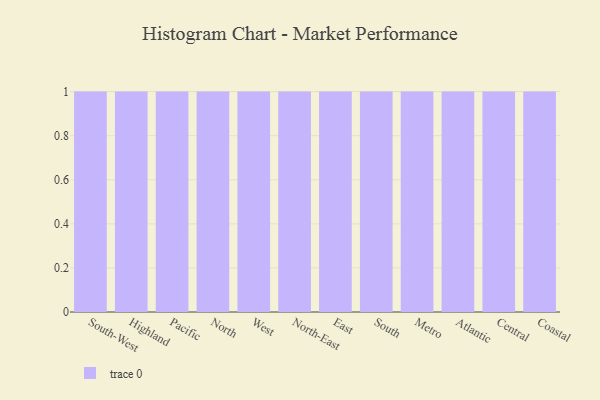
{"axis": {"x": "Region", "y": "Page Views"}, "legend": [""], "data": [{"x": "South-West", "y": 95, "type": ""}, {"x": "Highland", "y": 72, "type": ""}, {"x": "Pacific", "y": 81, "type": ""}, {"x": "North", "y": 17, "type": ""}, {"x": "West", "y": 50, "type": ""}, {"x": "North-East", "y": 14, "type": ""}, {"x": "East", "y": 10, "type": ""}, {"x": "South", "y": 95, "type": ""}, {"x": "Metro", "y": 69, "type": ""}, {"x": "Atlantic", "y": 68, "type": ""}, {"x": "Central", "y": 24, "type": ""}, {"x": "Coastal", "y": 41, "type": ""}]}